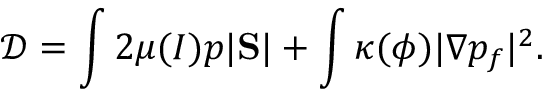
\mathcal D = \int 2 \mu ( I ) p | \mathrm { \bf S } | + \int \kappa ( \phi ) | \nabla p _ { f } | ^ { 2 } .